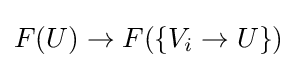
F(U)\to F(\{V_{i}\to U\})